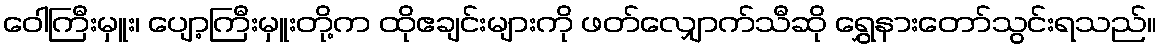
ဝေါကြီးမှူး၊ ပျော့ကြီးမှူးတို့က ထိုဧချင်းများကို ဖတ်လျှောက်သီဆို ရွှေနားတော်သွင်းရသည်။